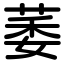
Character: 萎